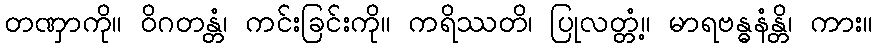
တဏှာကို။ ဝိဂတန္တံ၊ ကင်းခြင်းကို။ ကရိဿတိ၊ ပြုလတ္တံ့။ မာရဗန္ဓနံန္တိ၊ ကား။